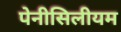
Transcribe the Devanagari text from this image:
पेनीसिलीयम